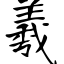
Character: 羲